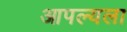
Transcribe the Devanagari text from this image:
आपल्यला